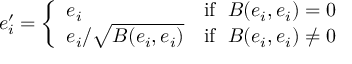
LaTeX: e _ { i } ^ { \prime } = { \left\{ \begin{array} { l l } { e _ { i } } & { { \mathrm { i f ~ } } \; B ( e _ { i } , e _ { i } ) = 0 } \\ { e _ { i } / { \sqrt { B ( e _ { i } , e _ { i } ) } } } & { { \mathrm { i f ~ } } \; B ( e _ { i } , e _ { i } ) \neq 0 } \end{array} \right. }